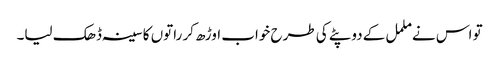
تو اس نے ململ کے دوپٹے کی طرح خواب اوڑھ کر راتوں کا سینہ ڈھک لیا۔